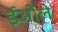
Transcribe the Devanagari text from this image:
ईओले